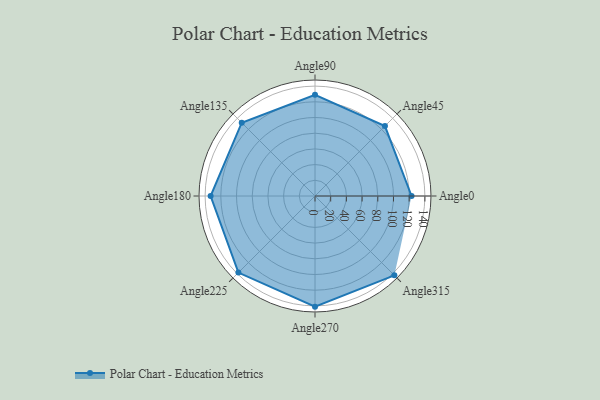
{"axis": {"x": "Angle", "y": "Radius"}, "legend": [""], "data": [{"x": "Angle0", "y": 123.0, "type": ""}, {"x": "Angle45", "y": 126.0, "type": ""}, {"x": "Angle90", "y": 129.0, "type": ""}, {"x": "Angle135", "y": 132.0, "type": ""}, {"x": "Angle180", "y": 133.0, "type": ""}, {"x": "Angle225", "y": 138.0, "type": ""}, {"x": "Angle270", "y": 141.0, "type": ""}, {"x": "Angle315", "y": 143.0, "type": ""}]}